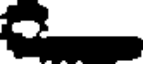
.